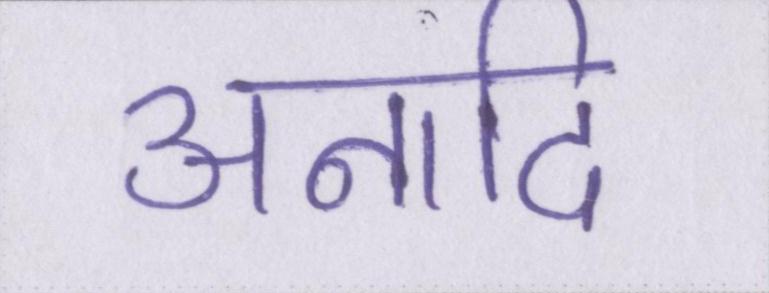
अनादि